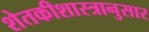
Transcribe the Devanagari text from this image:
शेतकीशास्त्रानुसार